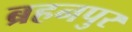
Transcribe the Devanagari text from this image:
ब्रहनपुर